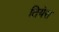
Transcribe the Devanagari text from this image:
तियेरा